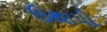
ઉથાપી